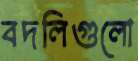
বদলিগুলো